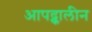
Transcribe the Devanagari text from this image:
आपद्कालीन